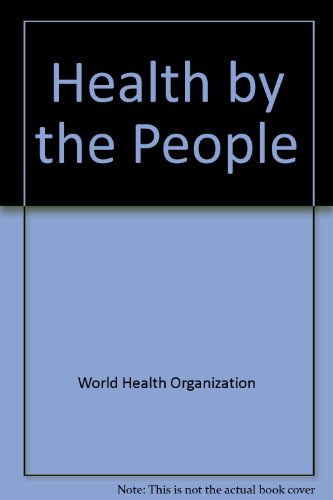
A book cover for Health by the People; World Health Organization; Medical Books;